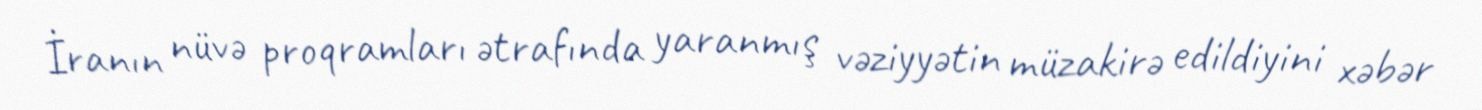
İranın nüvə proqramları ətrafında yaranmış vəziyyətin müzakirə edildiyini xəbər